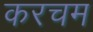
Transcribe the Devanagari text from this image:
करचम